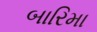
બારિમા